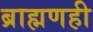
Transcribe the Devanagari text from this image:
ब्राह्मणही